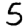
Digit: 5